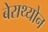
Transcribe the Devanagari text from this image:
बेराथ्योन